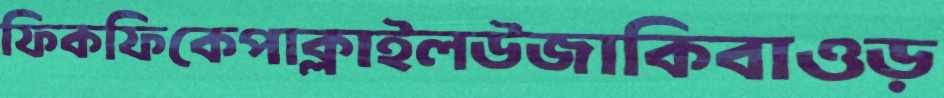
ফিকফিকেপাক্‌লাইলউজাকিবাওড়